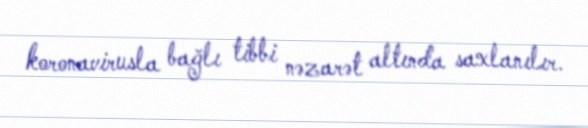
koronavirusla bağlı tibbi nəzarət altında saxlanılır.